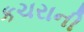
કચરાની